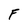
Character: F